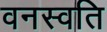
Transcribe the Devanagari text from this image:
वनस्वति